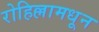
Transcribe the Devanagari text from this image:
रोहिल्लामधून